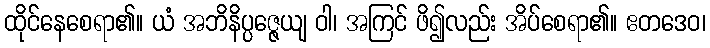
ထိုင်နေစေရာ၏။ ယံ အဘိနိပ္ပဇ္ဇေယျ ဝါ၊ အကြင် ဖိ၍လည်း အိပ်စေရာ၏။ ဧတဒေဝ၊